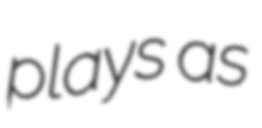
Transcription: plays as